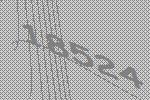
18524